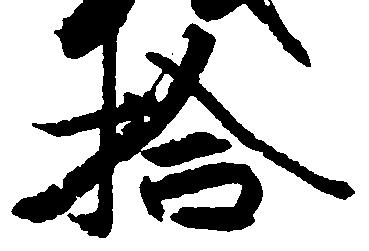
拾